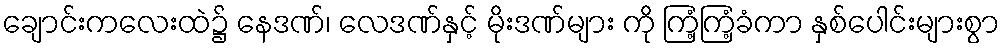
ချောင်းကလေးထဲ၌ နေဒဏ်၊ လေဒဏ်နှင့် မိုးဒဏ်များ ကို ကြံ့ကြံ့ခံကာ နှစ်ပေါင်းများစွာ